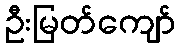
ဦးမြတ်ကျော်